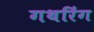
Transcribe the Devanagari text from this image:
गथरिंग